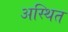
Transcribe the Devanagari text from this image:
अस्थित